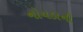
નોયડાની